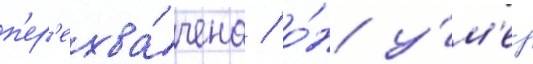
п'ер'ехва́чена / о́н у́м'ер